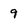
Character: 9